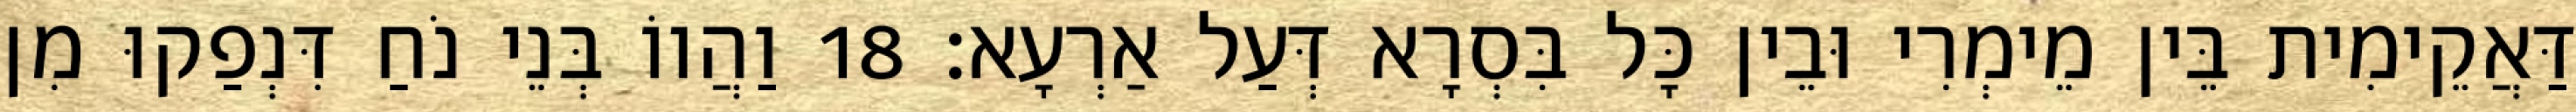
דַּאֲקֵימִית בֵּין מֵימְרִי וּבֵין כָּל בִּסְרָא דְּעַל אַרְעָא׃ 18 וַהֲווֹ בְּנֵי נֹחַ דִּנְפַקוּ מִן